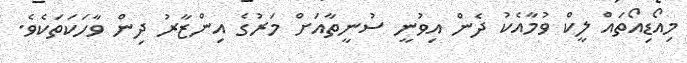
މިއޯޑިއޯތައް ލީކް ވުމާއެކު ދެން އިވުނީ ސުނީތާއަށް މަރުގެ އިންޒާރު ދިން ވާހަކަތަކެވެ.